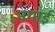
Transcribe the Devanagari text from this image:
नगाई